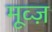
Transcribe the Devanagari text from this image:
मूव्ज़